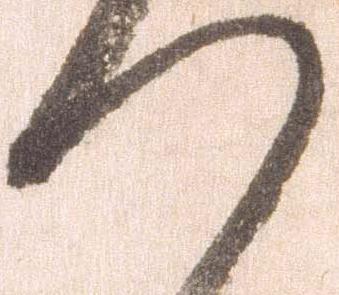
つ